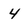
Character: 4